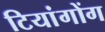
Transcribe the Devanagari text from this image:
टियांगोंग